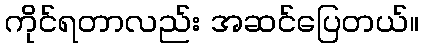
ကိုင်ရတာလည်း အဆင်ပြေတယ်။